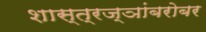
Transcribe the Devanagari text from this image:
शास्त्रज्ञांबरोबर